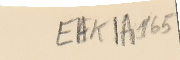
EAK1A 165